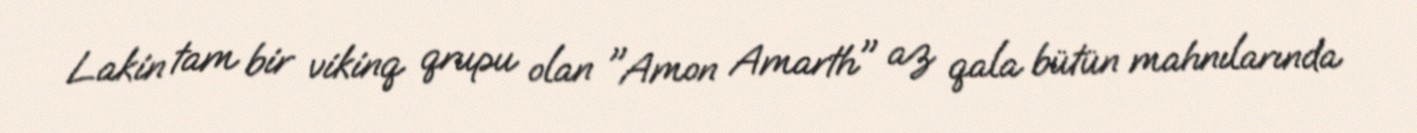
Lakin tam bir vikinq qrupu olan "Amon Amarth" az qala bütün mahnılarında